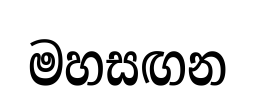
මහසඟන